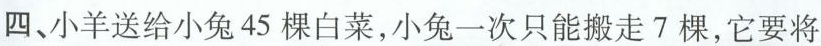
四、小羊送给小兔45棵白菜，小兔一次只能搬走7棵，它要将